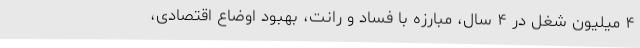
۴ میلیون شغل در ۴ سال، مبارزه با فساد و رانت، بهبود اوضاع اقتصادی،